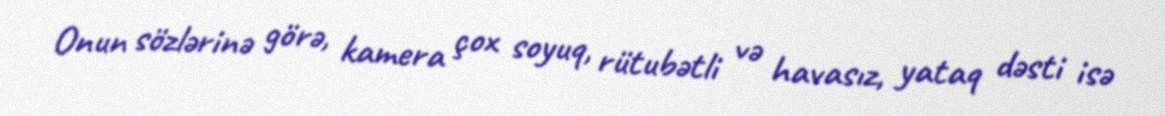
Onun sözlərinə görə, kamera çox soyuq, rütubətli və havasız, yataq dəsti isə